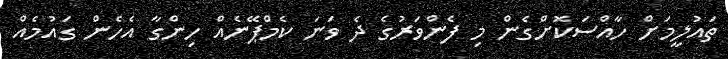
ތައުލީމަށް ހާއްސަކޮށްގެން މި ފެންވަރުގެ ދެ ވަނަ ކެމްޕޭނެއް ހިންގާ އެހެން ގައުމެއް